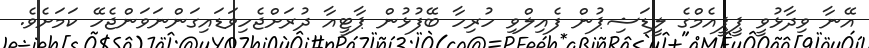
އޭނާ ވިދާޅުވީ ޕީޕީއެމްގެ ލީޑަޝިޕުން ފެއިލްވި ހުރިހާ ބޭފުޅުން ޕާޓީއާ ދުރަށްޖެހިވަޑައިގަންނަވަންޖެހޭ ކަމަށެވެ.